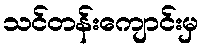
သင်တန်းကျောင်းမှ